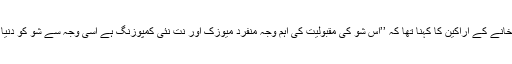
کوک اسٹوڈیو کے حوالے سے امریکی قونصل خانے کے اراکین کا کہنا تھا کہ ’’اس شو کی مقبولیت کی اہم وجہ منفرد میوزک اور نت نئی کمپوزنگ ہے اسی وجہ سے شو کو دنیا بھر میں تیزی سے پذیرائی حاصل ہورہی ہے ۔